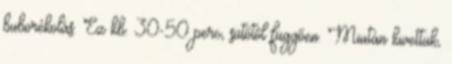
buborékolás. Ez kb. 30-50 perc, sütőtől függően. Miután kivettük,